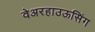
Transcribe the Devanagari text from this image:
वेअरहाउऊसिंग